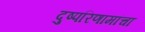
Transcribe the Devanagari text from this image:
दुष्परिणामांचा